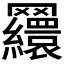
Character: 𦍃